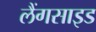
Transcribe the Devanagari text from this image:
लैंगसाइड